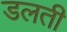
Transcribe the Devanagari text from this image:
डलती